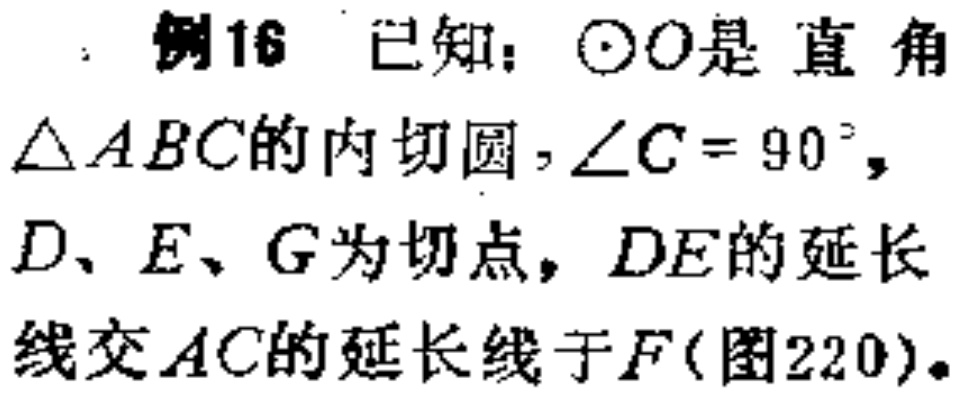
例16 已知：\(\odot O\)是直角\(\triangle ABC\)的内切圆，\(\angle C = 90^{\circ}\)，\(D、E、G\)为切点，\(DE\)的延长线交\(AC\)的延长线于\(F\)(图220)。